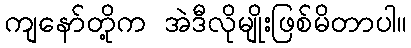
ကျနော်တို့က အဲဒီလိုမျိုးဖြစ်မိတာပါ။